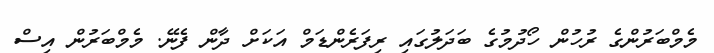
މެމްބަރުންގެ ރުހުން ހޯދުމުގެ ބަދަލުގައި ރިފަރެންޑަމް އަކަށް ދާން ފެނޭ. މެމްބަރުން އިސް